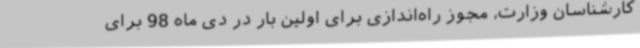
کارشناسان وزارت، مجوز راه‌اندازی برای اولین بار در دی ماه 98 برای